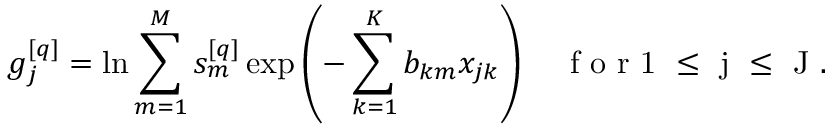
g _ { j } ^ { [ q ] } = \ln \sum _ { m = 1 } ^ { M } s _ { m } ^ { [ q ] } \exp \left( - \sum _ { k = 1 } ^ { K } b _ { k m } x _ { j k } \right) \quad \mathrm { ~ f ~ o ~ r ~ 1 ~ \le ~ j ~ \le ~ J ~ . ~ }